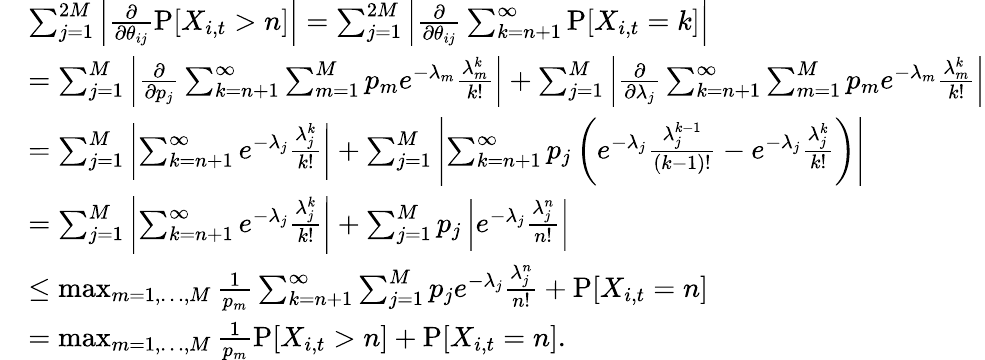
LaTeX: \begin{array}{rl}&{\sum_{j=1}^{2M}\left|\frac{\partial}{\partial\theta_{ij}}\operatorname{P}[X_{i,t}>n]\right|=\sum_{j=1}^{2M}\left|\frac{\partial}{\partial\theta_{ij}}\sum_{k=n+1}^{\infty}\operatorname{P}[X_{i,t}=k]\right|}\\ &{=\sum_{j=1}^{M}\left|\frac{\partial}{\partial p_{j}}\sum_{k=n+1}^{\infty}\sum_{m=1}^{M}p_{m}e^{-\lambda_{m}}\frac{\lambda_{m}^{k}}{k!}\right|+\sum_{j=1}^{M}\left|\frac{\partial}{\partial\lambda_{j}}\sum_{k=n+1}^{\infty}\sum_{m=1}^{M}p_{m}e^{-\lambda_{m}}\frac{\lambda_{m}^{k}}{k!}\right|}\\ &{=\sum_{j=1}^{M}\left|\sum_{k=n+1}^{\infty}e^{-\lambda_{j}}\frac{\lambda_{j}^{k}}{k!}\right|+\sum_{j=1}^{M}\left|\sum_{k=n+1}^{\infty}p_{j}\left(e^{-\lambda_{j}}\frac{\lambda_{j}^{k-1}}{(k-1)!}-e^{-\lambda_{j}}\frac{\lambda_{j}^{k}}{k!}\right)\right|}\\ &{=\sum_{j=1}^{M}\left|\sum_{k=n+1}^{\infty}e^{-\lambda_{j}}\frac{\lambda_{j}^{k}}{k!}\right|+\sum_{j=1}^{M}p_{j}\left|e^{-\lambda_{j}}\frac{\lambda_{j}^{n}}{n!}\right|}\\ &{\leq\operatorname*{max}_{m=1,\dots,M}\frac{1}{p_{m}}\sum_{k=n+1}^{\infty}\sum_{j=1}^{M}p_{j}e^{-\lambda_{j}}\frac{\lambda_{j}^{n}}{n!}+\operatorname{P}[X_{i,t}=n]}\\ &{=\operatorname*{max}_{m=1,\dots,M}\frac{1}{p_{m}}\operatorname{P}[X_{i,t}>n]+\operatorname{P}[X_{i,t}=n].}\end{array}